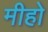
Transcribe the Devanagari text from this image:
मीहो